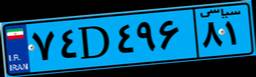
۷۴D۴۹۶۸۱